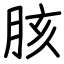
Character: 胲